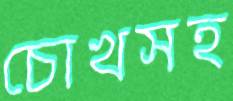
চোখসহ